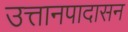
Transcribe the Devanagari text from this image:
उत्तानपादासन